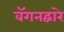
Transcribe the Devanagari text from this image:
वॅगनद्वारे